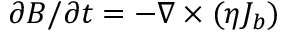
\partial \boldsymbol { B } / \partial t = - \boldsymbol { \nabla } \times ( \eta \boldsymbol { J _ { b } } )